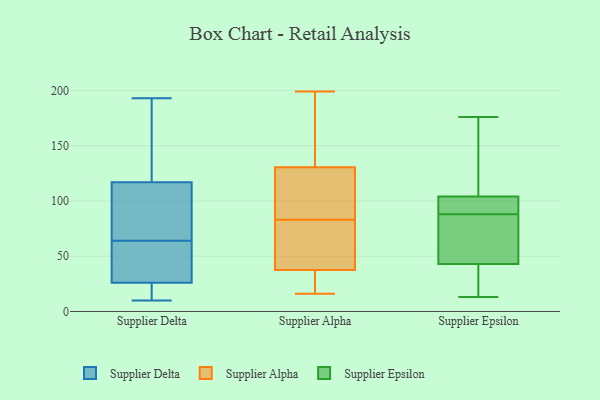
{"axis": {"x": "Net Income (USD K)", "y": "Value"}, "legend": ["Supplier Alpha", "Supplier Delta", "Supplier Epsilon"], "data": [{"x": "", "y": 98, "type": "Supplier Delta"}, {"x": "", "y": 193, "type": "Supplier Delta"}, {"x": "", "y": 25, "type": "Supplier Delta"}, {"x": "", "y": 128, "type": "Supplier Delta"}, {"x": "", "y": 81, "type": "Supplier Delta"}, {"x": "", "y": 21, "type": "Supplier Delta"}, {"x": "", "y": 53, "type": "Supplier Delta"}, {"x": "", "y": 10, "type": "Supplier Delta"}, {"x": "", "y": 126, "type": "Supplier Delta"}, {"x": "", "y": 10, "type": "Supplier Delta"}, {"x": "", "y": 30, "type": "Supplier Delta"}, {"x": "", "y": 75, "type": "Supplier Delta"}, {"x": "", "y": 27, "type": "Supplier Delta"}, {"x": "", "y": 47, "type": "Supplier Delta"}, {"x": "", "y": 139, "type": "Supplier Delta"}, {"x": "", "y": 108, "type": "Supplier Delta"}, {"x": "", "y": 88, "type": "Supplier Alpha"}, {"x": "", "y": 56, "type": "Supplier Alpha"}, {"x": "", "y": 16, "type": "Supplier Alpha"}, {"x": "", "y": 199, "type": "Supplier Alpha"}, {"x": "", "y": 105, "type": "Supplier Alpha"}, {"x": "", "y": 133, "type": "Supplier Alpha"}, {"x": "", "y": 41, "type": "Supplier Alpha"}, {"x": "", "y": 167, "type": "Supplier Alpha"}, {"x": "", "y": 22, "type": "Supplier Alpha"}, {"x": "", "y": 103, "type": "Supplier Alpha"}, {"x": "", "y": 151, "type": "Supplier Alpha"}, {"x": "", "y": 152, "type": "Supplier Alpha"}, {"x": "", "y": 78, "type": "Supplier Alpha"}, {"x": "", "y": 72, "type": "Supplier Alpha"}, {"x": "", "y": 128, "type": "Supplier Alpha"}, {"x": "", "y": 31, "type": "Supplier Alpha"}, {"x": "", "y": 40, "type": "Supplier Alpha"}, {"x": "", "y": 35, "type": "Supplier Alpha"}, {"x": "", "y": 23, "type": "Supplier Alpha"}, {"x": "", "y": 121, "type": "Supplier Alpha"}, {"x": "", "y": 46, "type": "Supplier Epsilon"}, {"x": "", "y": 37, "type": "Supplier Epsilon"}, {"x": "", "y": 93, "type": "Supplier Epsilon"}, {"x": "", "y": 64, "type": "Supplier Epsilon"}, {"x": "", "y": 176, "type": "Supplier Epsilon"}, {"x": "", "y": 85, "type": "Supplier Epsilon"}, {"x": "", "y": 42, "type": "Supplier Epsilon"}, {"x": "", "y": 101, "type": "Supplier Epsilon"}, {"x": "", "y": 94, "type": "Supplier Epsilon"}, {"x": "", "y": 13, "type": "Supplier Epsilon"}, {"x": "", "y": 88, "type": "Supplier Epsilon"}, {"x": "", "y": 42, "type": "Supplier Epsilon"}, {"x": "", "y": 122, "type": "Supplier Epsilon"}, {"x": "", "y": 105, "type": "Supplier Epsilon"}, {"x": "", "y": 134, "type": "Supplier Epsilon"}]}